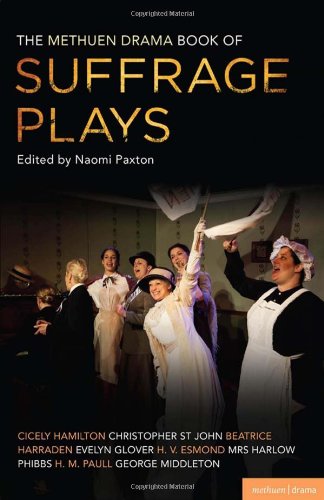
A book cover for The Methuen Drama Book of Suffrage Plays; Anthology; Literature & Fiction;